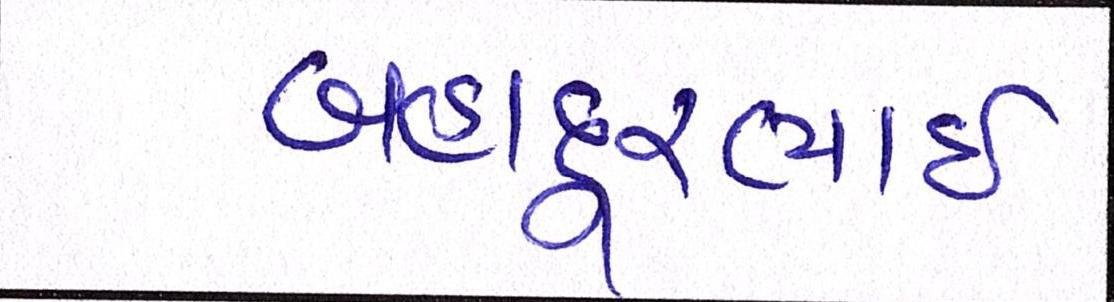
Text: બહાદૂરભાઇ